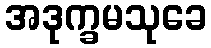
အဒုက္ခမသုခေ